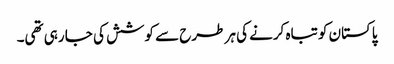
پاکستان کو تباہ کرنے کی ہر طرح سے کوشش کی جا رہی تھی۔